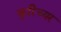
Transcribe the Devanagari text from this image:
कुरिच्यर